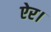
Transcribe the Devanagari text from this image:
ऐर।